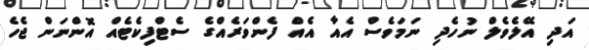
އަދި އޭލެވެލް ނުހެދި ނަމަވެސް އެއާ އެއް ފެންވަރެއްގެ ސެޓްފިކެޓެއް އޮންނަން ޖެހެ